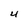
Character: 4